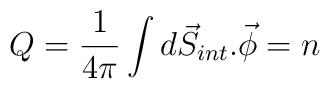
Q=\frac{1}{4\pi} \int d\vec{S}_{int}.\vec{\phi} =n